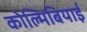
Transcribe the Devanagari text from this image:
कोल्मिबियाई